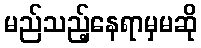
မည်သည့်နေရာမှမဆို